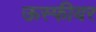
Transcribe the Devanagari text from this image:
ऊस्फीयर